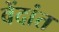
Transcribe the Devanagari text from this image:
वेंदांत